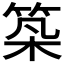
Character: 𥭰